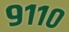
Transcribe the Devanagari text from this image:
९११०